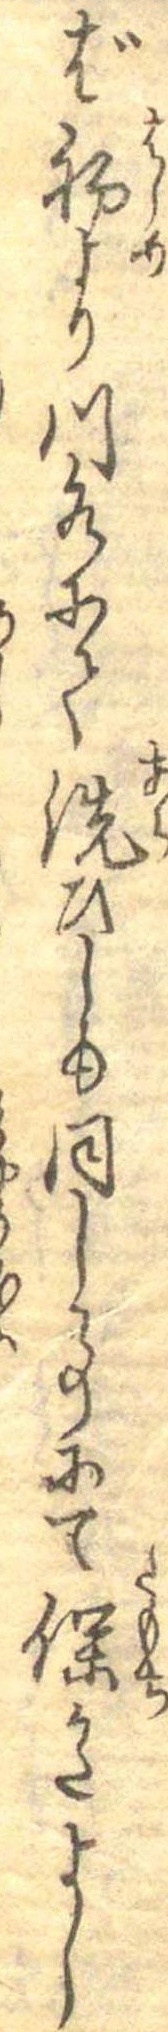
ば初より川水にて洗ひしも同し事にて保かたよし